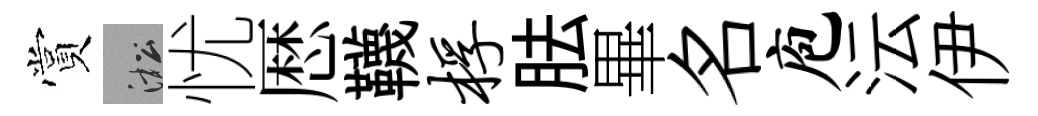
賞淞忧厯韈桴胠畢名庖沄伊